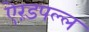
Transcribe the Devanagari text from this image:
ऐरंडपल्ल